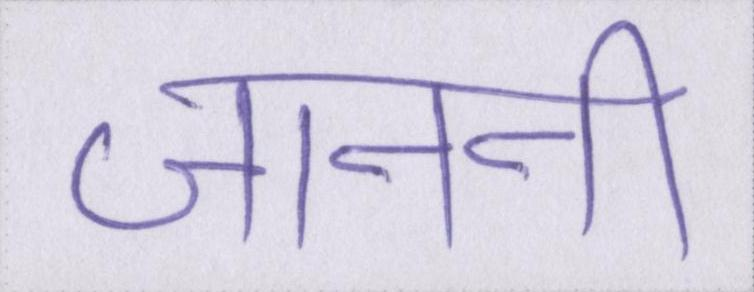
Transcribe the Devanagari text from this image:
जाननी